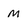
Character: M